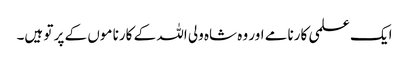
ایک علمی کارنامے اور وہ شاہ ولی اللہ کے کارنا موں کے پر تو ہیں۔